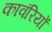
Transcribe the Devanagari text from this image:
कावंरियों